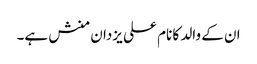
ان کے والد کا نام علی یزدان منش ہے۔